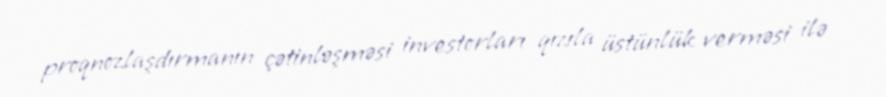
proqnozlaşdırmanın çətinləşməsi investorları qızıla üstünlük verməsi ilə